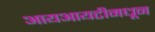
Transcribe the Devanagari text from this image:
आयआयटीमधून